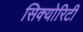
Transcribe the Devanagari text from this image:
सिक्‍योरिटी